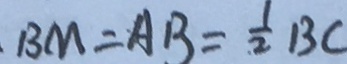
B M = A B = \frac { 1 } { 2 } B C